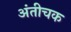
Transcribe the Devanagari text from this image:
अंतीचक